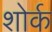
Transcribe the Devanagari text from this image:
शोर्क